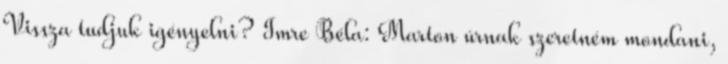
Vissza tudjuk igényelni? Imre Béla: Marton úrnak szeretném mondani,